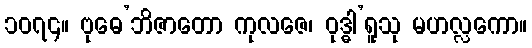
၁၀၇၄။ ဗုဓေ’ဘိဇာတော ကုလဇေ၊ ဝုဒ္ဓါ’ရူသု မဟလ္လကော။